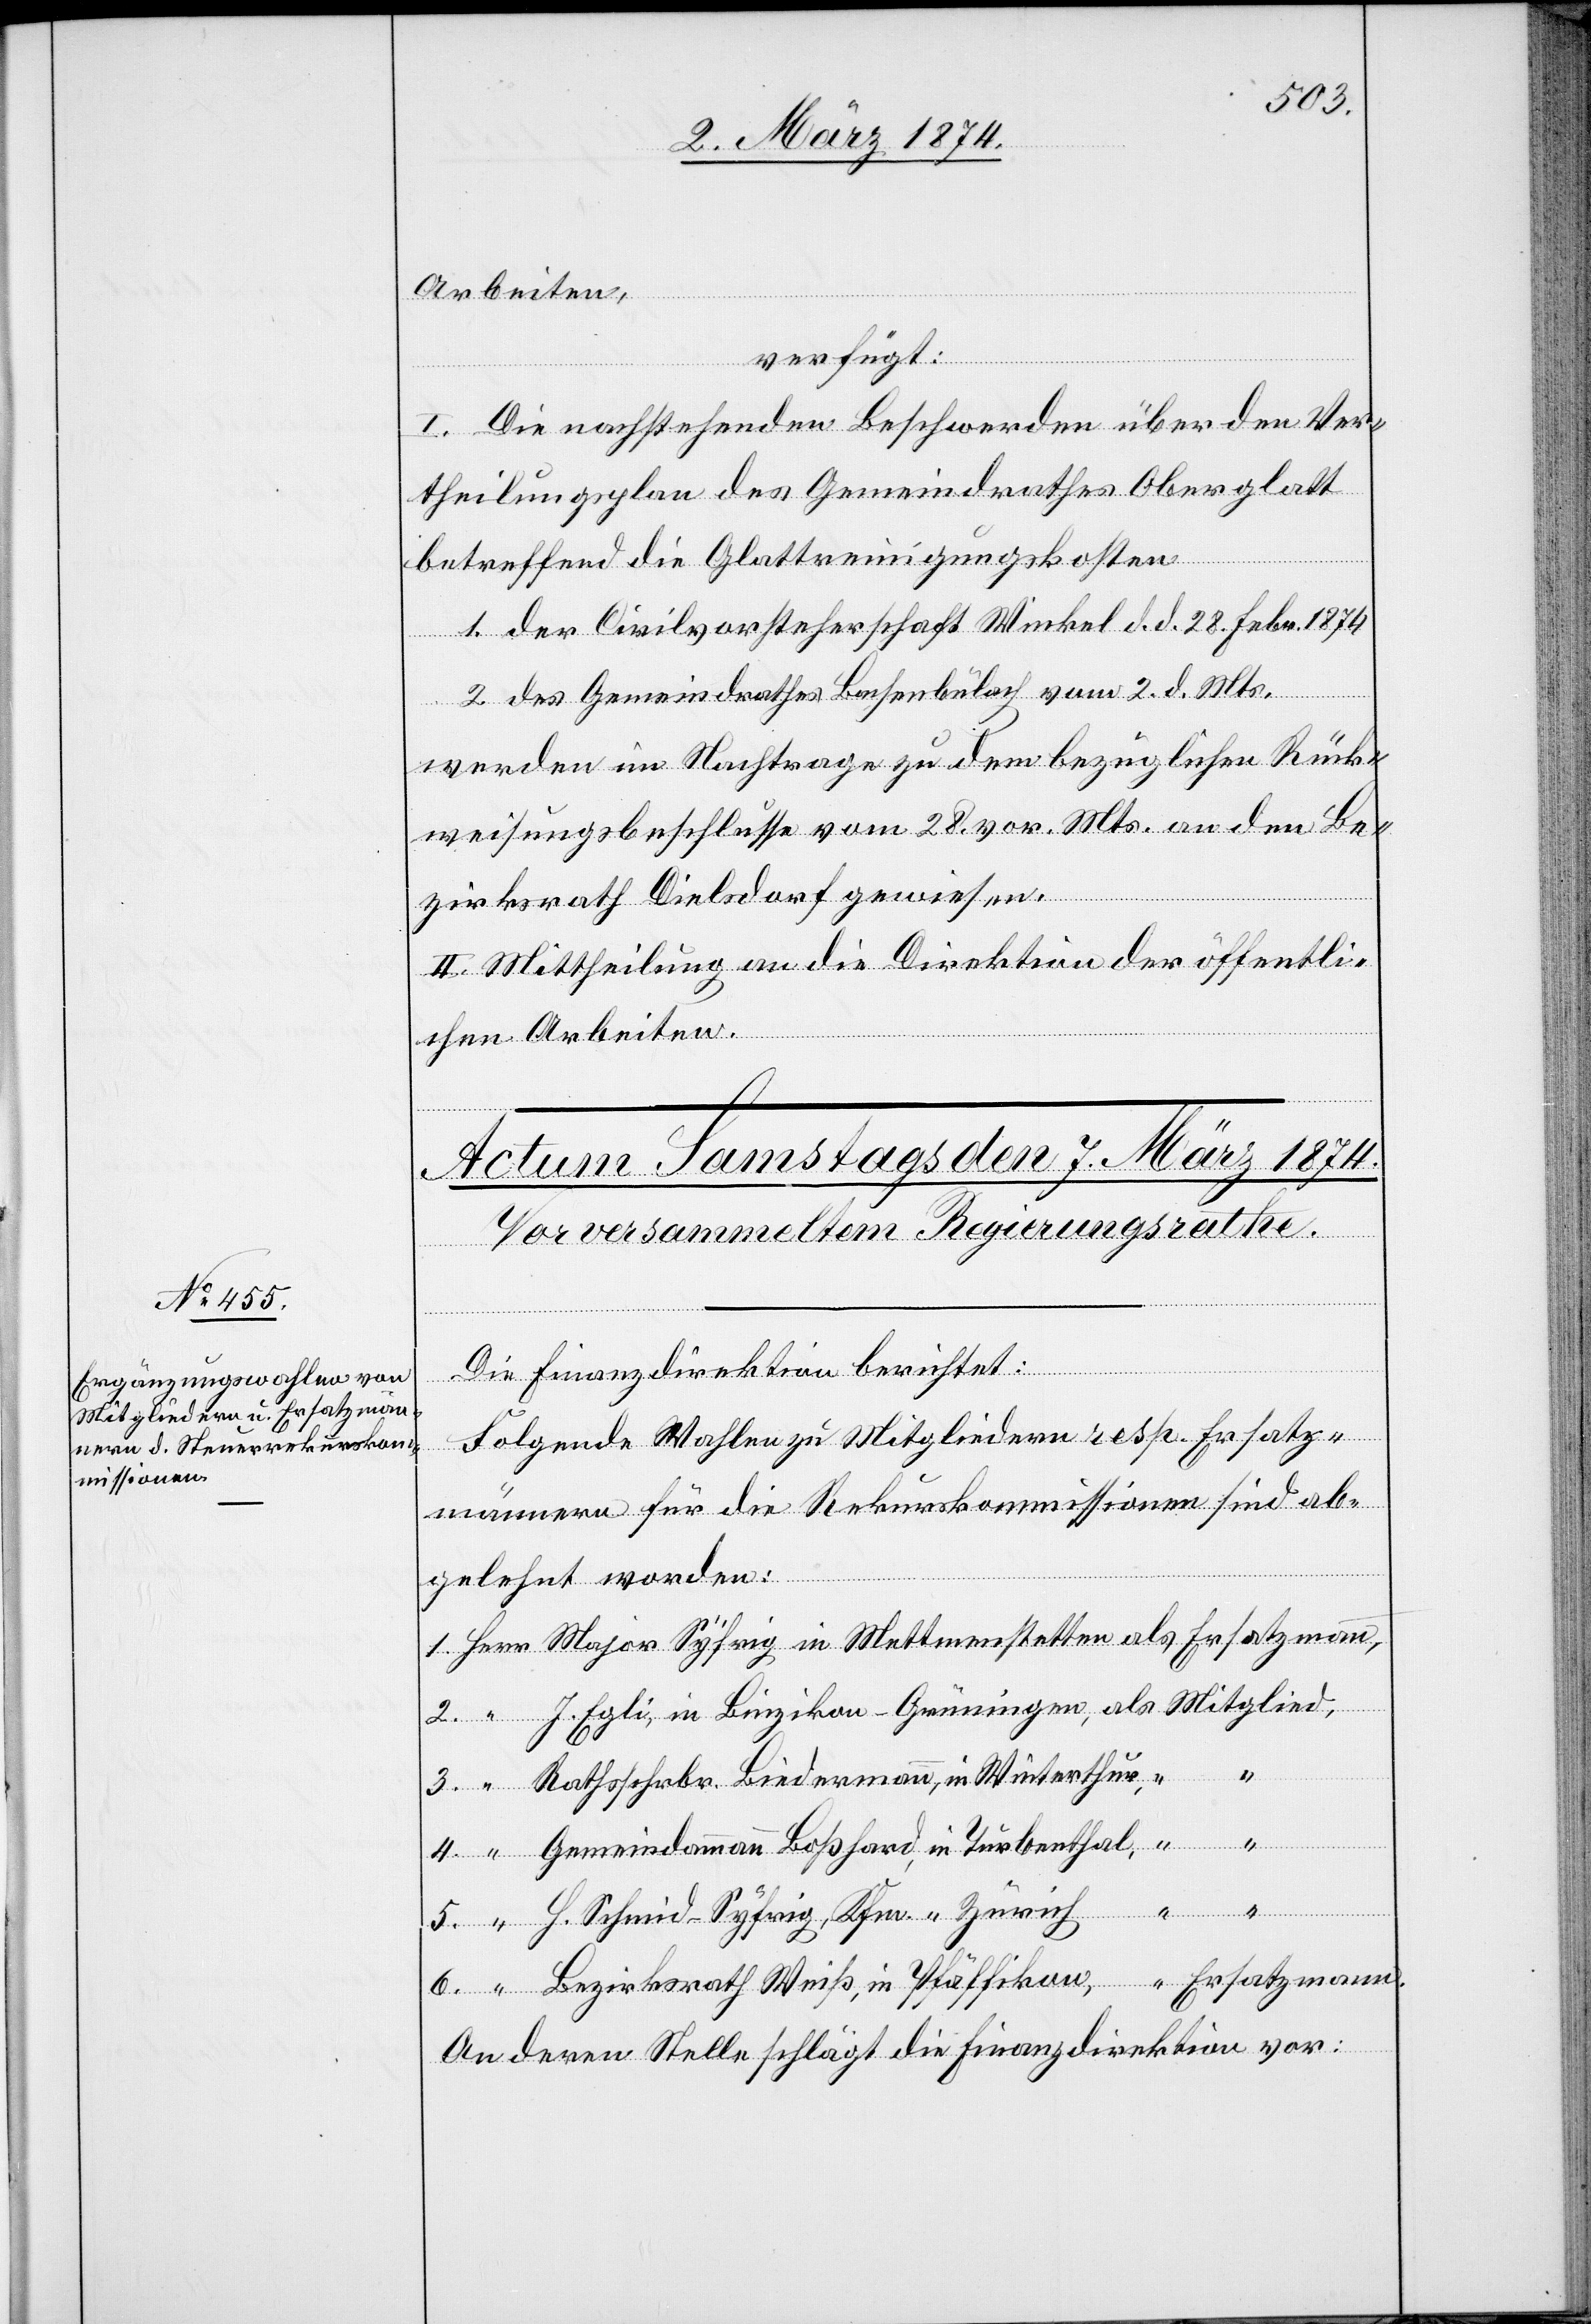
Arbeiten,
verfügt:
I. Die nachstehenden Beschwerden über den Ver¬
theilungsplan des Gemeindrathes Oberglatt
betreffend die Glattreinigungskosten
1. der Civilvorsteherschaft Winkel d. d. 28. Febr. 1874
2. des Gemeindrathes Bachenbülach vom 2. d. Mts.,
werden im Nachtrage zu dem bezüglichen Rück¬
weisungsbeschlusse vom 28. vor. Mts. an den Be¬
zirksrath Dielsdorf gewiesen.
II. Mittheilung an die Direktion der öffentli¬
chen Arbeiten.
6.
Die Finanzdirektion berichtet:
Folgende Wahlen zu Mitgliedern resp. Ersatz¬
männern für die Rekurskommissionen sind ab¬
gelehnt worden:
4.
Rathsschrbr. Biedermann, in Winterthur,
Gemeindammann Boßhard, in Turbenthal,
“
H. Schmid-Syfrig, Kfm. “ Zürich
An deren Stelle schlägt die Finanzdirektion vor: